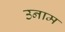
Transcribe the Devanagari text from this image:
उनाम